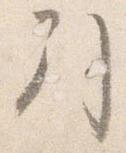
引